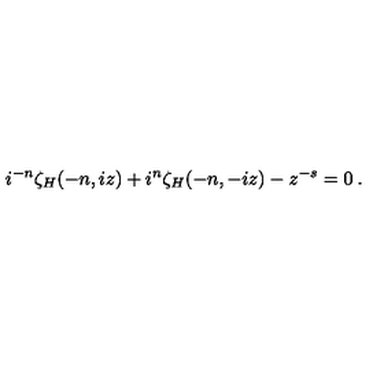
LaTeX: { i } ^ { - n } \zeta _ { H } ( - n , i z ) + i ^ { n } \zeta _ { H } ( - n , - i z ) - z ^ { - s } = 0 \: .